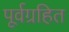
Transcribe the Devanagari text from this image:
पूर्वग्रहित